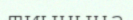
тиынына